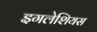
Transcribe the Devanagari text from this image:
इगलेशियस